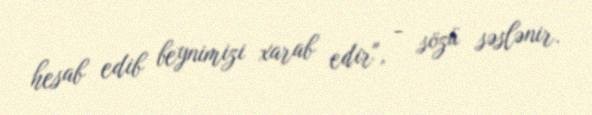
hesab edib beynimizi xarab edir", - sözü səslənir.